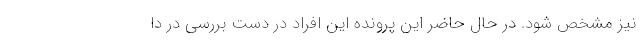
نیز مشخص شود. در حال حاضر این پرونده این افراد در دست بررسی در دا